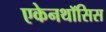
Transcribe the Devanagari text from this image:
एकेनथॉसिस